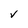
Character: v